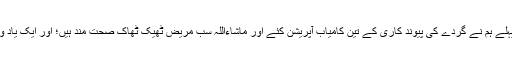
بقول اُن کے، ’’ابھی چند روز پہلے ہم نے گردے کی پیوند کاری کے تین کامیاب آپریشن کئے اور ماشاءاللہ سب مریض ٹھیک ٹھاک صحت مند ہیں؛ اور ایک یاد و دن میں گھر چلےجائیں گے‘‘۔